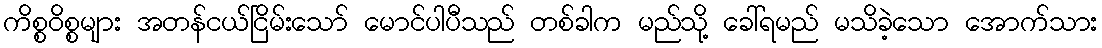
ကိစ္စဝိစ္စများ အတန်ငယ်ငြိမ်းသော် မောင်ပါပီသည် တစ်ခါက မည်သို့ ခေါ်ရမည် မသိခဲ့သော အောက်သား